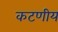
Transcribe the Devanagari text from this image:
कटणीय